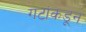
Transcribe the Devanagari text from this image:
गटांकडून